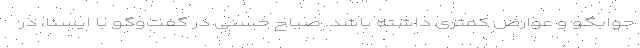
جوابگو و عوارض کمتری داشته باشد. صباح حسنی در گفت‌وگو با ایسنا، در